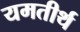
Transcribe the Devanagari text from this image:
यमतीर्थ